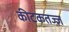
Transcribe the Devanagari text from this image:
कीटकतज्ज्ञ